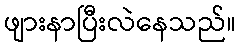
ဖျားနာပြီးလဲနေသည်။